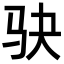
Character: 𫘝